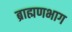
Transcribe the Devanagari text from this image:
ब्राह्मणभाग